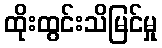
ထိုးထွင်းသိမြင်မှု